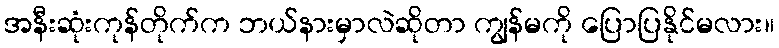
အနီးဆုံးကုန်တိုက်က ဘယ်နားမှာလဲဆိုတာ ကျွန်မကို ပြောပြနိုင်မလား။